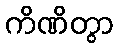
ကိဏိတွာ